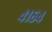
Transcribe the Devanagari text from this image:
४१६४